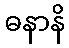
ဓနာနိ